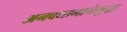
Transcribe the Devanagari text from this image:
अनवधानानेसुद्धा